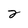
Character: 2